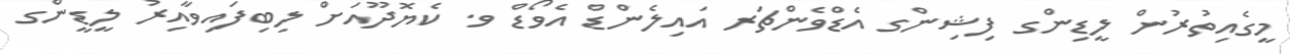
މީގެއިތުރުން ލީޑިންގ ފިޝިންގ އެޑްވެންޗަރ އައިލެންޑް އެވޯޑް ވ. ކެޔޮދޫއަށް ލިބިފައިވާއިރު ލީޑީންގ